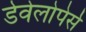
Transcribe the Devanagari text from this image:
डेवेलोपेर्स